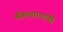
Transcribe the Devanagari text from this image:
भीमशाप्पांची